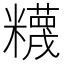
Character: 𥽘